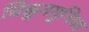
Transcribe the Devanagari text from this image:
चिकूनगुनिया